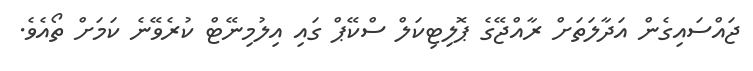
ޖައްސައިގެން އަދާލަތަށް ރާއްޖޭގެ ޕޮލިޓިކަލް ސްކޭޕް ގައި އިލުމިނޭޓް ކުރެވޭނެ ކަމަށް ތޯއެވެ.